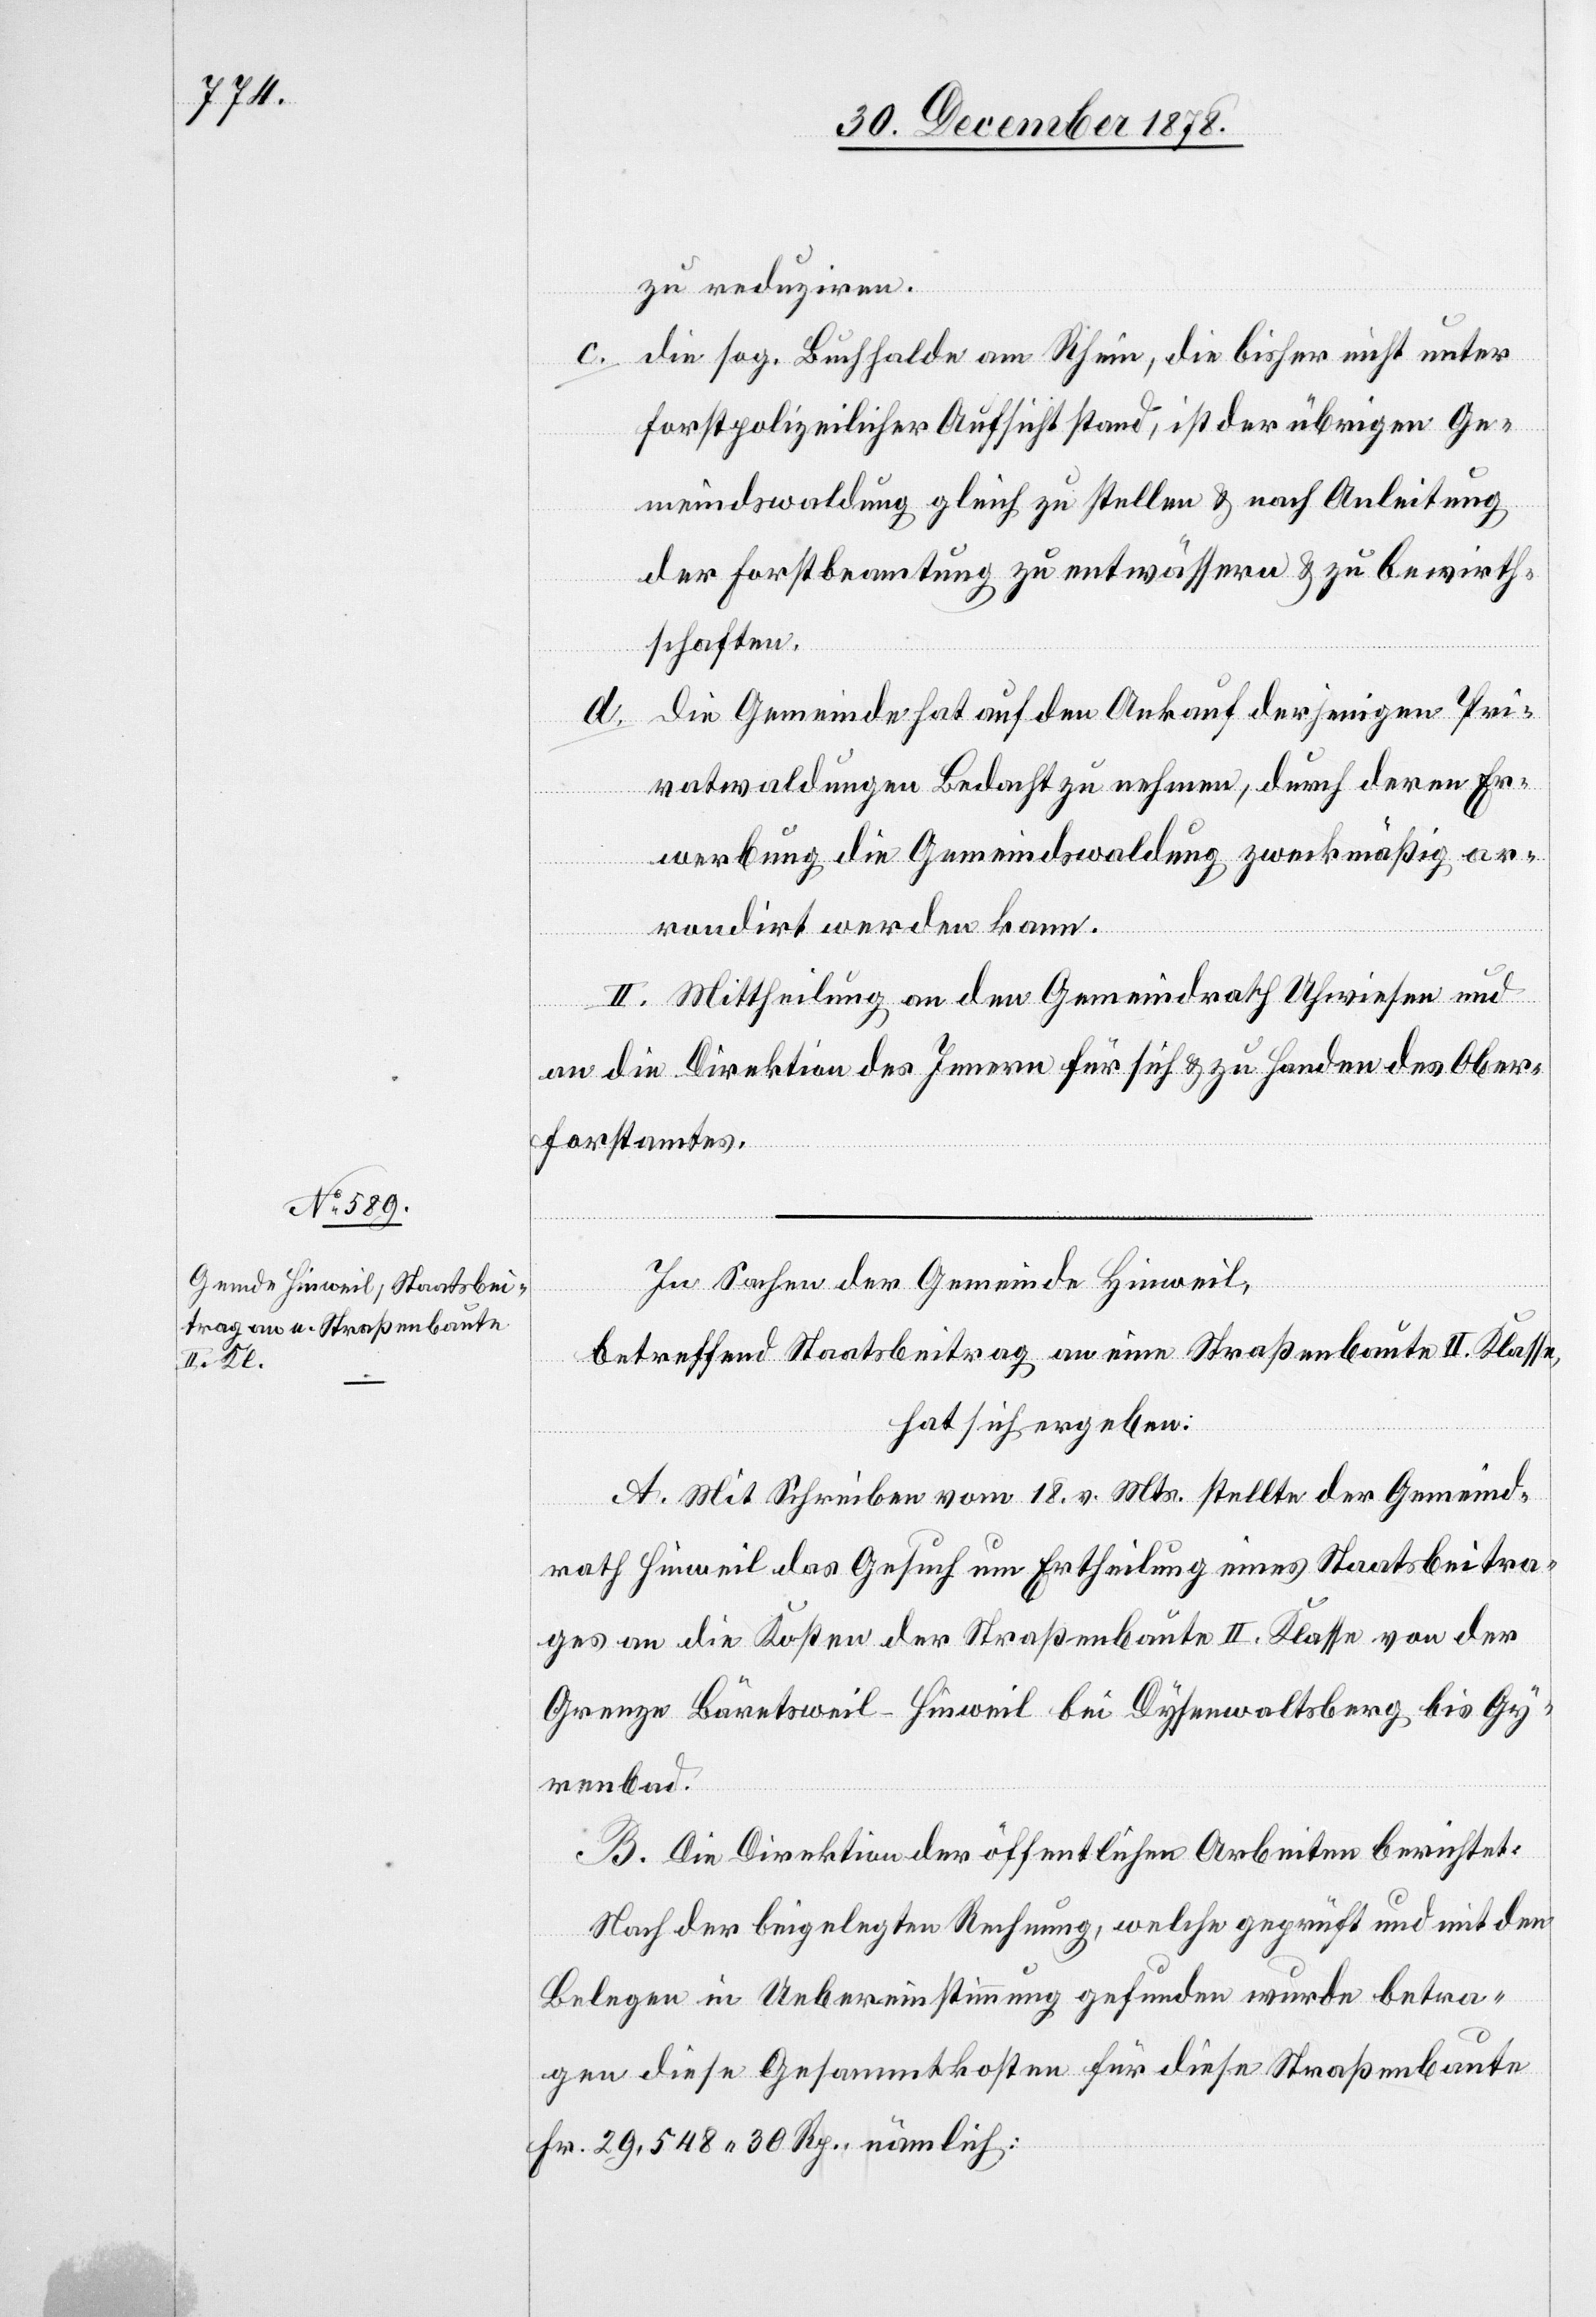
zu reduziren.
die sog. Buchhalde am Rhein, die bisher nicht unter
forstpolizeilicher Aufsicht stand, ist der übrigen Ge¬
meindswaldung gleich zu stellen & nach Anleitung
der Forstbeamtung zu entwässern & zu bewirth¬
schaften.
die Gemeinde hat auf den Ankauf derjenigen Pri¬
vatwaldungen Bedacht zu nehmen, durch deren Er¬
werbung die Gemeindswaldung zweckmäßig ar¬
rondirt werden kann.
II. Mittheilung an den Gemeindrath Uhwiesen und
an die Direktion des Innern für sich & zu Handen des Ober¬
forstamtes.
In Sachen der Gemeinde Hinweil,
betreffend Staatsbeitrag an eine Straßenbaute II. Klasse,
hat sich ergeben:
A. Mit Schreiben vom 18. v. Mts. stellte der Gemeind¬
rath Hinweil das Gesuch um Ertheilung eines Staatsbeitra¬
ges an die Kosten der Straßenbaute II. Klasse von der
Grenze Bäretsweil–Hinweil bei Dysenwaltsberg bis Gy¬
renbad.
B. Die Direktion der öffentlichen Arbeiten berichtet:
Nach der beigelegten Rechnung, welche geprüft und mit den
Belegen in Uebereinstimmung gefunden wurde betra¬
gen diese Gesammtkosten für diese Straßenbaute
Fr. 29,548 30 Rp., nämlich: